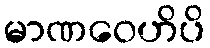
မာဏဝေဟိပိ